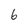
Character: 6